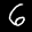
Label: 6